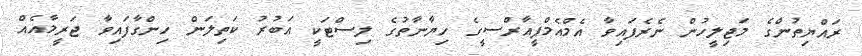
ރައްޔިތުންގެ މަޖިލީހުން ނެރެފައިވާ އެމްއެމްޕީއާރްސީގެ ހިޔާނާތުގެ ލިސްޓަކީ އަބުރު ކަތިލަން ހިންގާފައިވާ ޖަރީމާއެއް